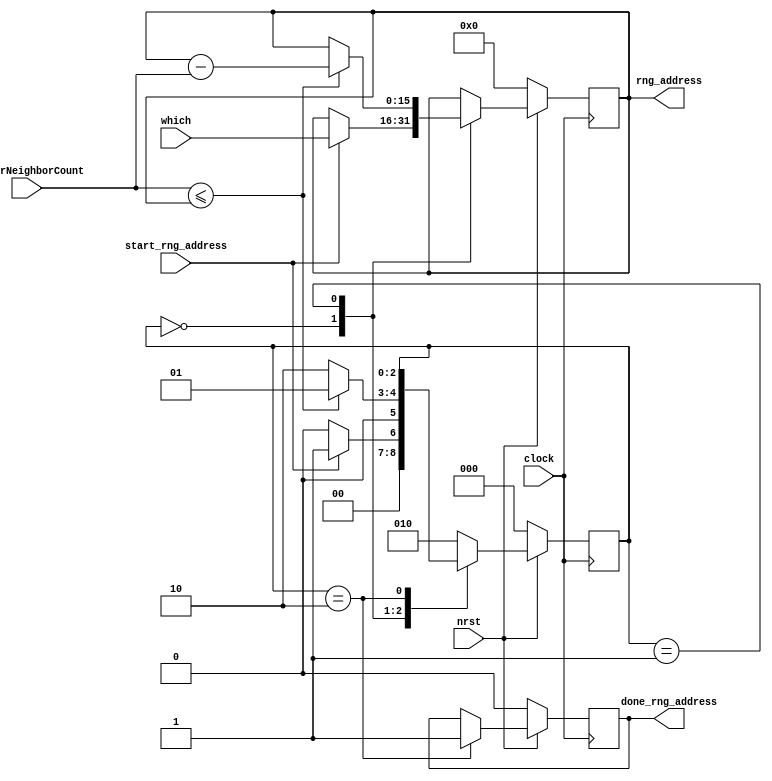
`timescale 1ns/1ps
module rngAddress(clock, nrst, start_rng_address, betterNeighborCount, which, rng_address, done_rng_address);
	input clock, nrst, start_rng_address;
	input [15:0] betterNeighborCount, which;
	output [15:0] rng_address;
	output done_rng_address;

	reg [15:0] rng_address_buf;
	reg [2:0] state;
	reg done_rng_address_buf;

	always @ (posedge clock) begin  
		if (!nrst) begin
			rng_address_buf = 0;
			state = 0;
			done_rng_address_buf = 0;
		end
		else begin
			case (state)
				3'd0: begin
					if (start_rng_address) begin
						state = 1;
						rng_address_buf = which;
					end
					else state = 0;
				end
				3'd1: begin
					if (betterNeighborCount <= rng_address_buf) begin
						rng_address_buf = rng_address_buf - betterNeighborCount;
						state = 1;
					end
					else begin
						state = 2;
					end
				end
				3'd2: begin
					done_rng_address_buf = 1;
				end
				default: state = 2;
			endcase
		end
	end

	assign rng_address = rng_address_buf;
	assign done_rng_address = done_rng_address_buf;
endmodule